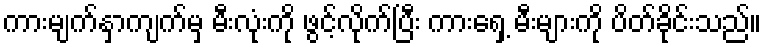
ကားမျက်နှာကျက်မှ မီးလုံးကို ဖွင့်လိုက်ပြီး ကားရှေ့ မီးများကို ပိတ်ခိုင်းသည်။